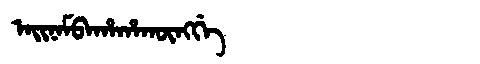
Manchu: ᠠᡳᠨᠠᠮᠪᠠᡥᠠᡥᠠᡴᡡᠩᡤᡝ
Romanization: AINAMBAHAHAKŪNGGE